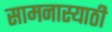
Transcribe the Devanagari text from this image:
सामनास्याठी